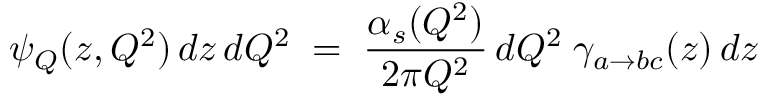
\psi _ { Q } ( z , Q ^ { 2 } ) \, d z \, d Q ^ { 2 } \; = \; \frac { \alpha _ { s } ( Q ^ { 2 } ) } { 2 \pi Q ^ { 2 } } \, d Q ^ { 2 } \; \gamma _ { a \rightarrow b c } ( z ) \, d z